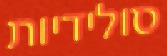
סולידיות